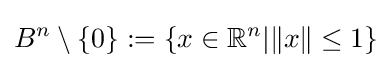
B^{n}\setminus \{0\}:=\{x\in \mathbb {R} ^{n}|\|x\|\leq 1\}